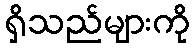
ရှိသည်များကို